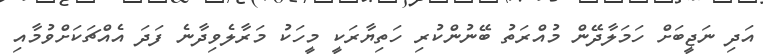
އަދި ނަޖީބަށް ހަމަލާދޭން މުއްރަތު ބޭނުންކުރި ހަތިޔާރަކީ މީހަކު މަރާލެވިދާނެ ފަދަ އެއްޗަކަށްވުމާއި